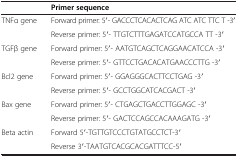
<table><thead><tr><td><b> </b></td><td><b>Primer sequence</b></td></tr></thead><tbody><tr><td rowspan="2">TNFα gene</td><td>Forward primer: 5′- GACCCTCACACTCAG ATC ATC TTC T -3′</td></tr><tr><td>Reverse primer: 5′- TTGTCTTTGAGATCCATGCCA TT -3′</td></tr><tr><td rowspan="2">TGFβ gene</td><td>Forward primer: 5′- AATGTCAGCTCAGGAACATCCA -3′</td></tr><tr><td>Reverse primer: 5′- GTTCCTGACACATGAACCCTTG -3′</td></tr><tr><td rowspan="2">Bcl2 gene</td><td>Forward primer: 5′- GGAGGGCACTTCCTGAG -3′</td></tr><tr><td>Reverse primer: 5′- GCCTGGCATCACGACT -3′</td></tr><tr><td rowspan="2">Bax gene</td><td>Forward primer: 5′- CTGAGCTGACCTTGGAGC -3′</td></tr><tr><td>Reverse primer: 5′- GACTCCAGCCACAAAGATG -3′</td></tr><tr><td rowspan="2">Beta actin</td><td>Forward 5′-TGTTGTCCCTGTATGCCTCT-3′</td></tr><tr><td>Reverse 3′-TAATGTCACGCACGATTTCC-5′</td></tr></tbody></table>